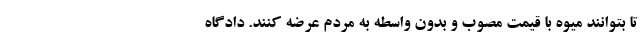
تا بتوانند میوه با قیمت مصوب و بدون واسطه به مردم عرضه کنند. دادگاه